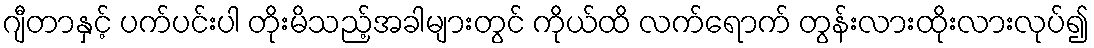
ဂျီတာနှင့် ပက်ပင်းပါ တိုးမိသည့်အခါများတွင် ကိုယ်ထိ လက်ရောက် တွန်းလားထိုးလားလုပ်၍